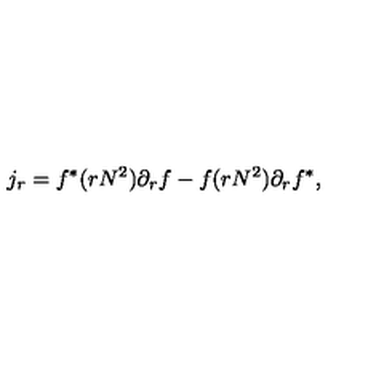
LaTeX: j _ { r } = f ^ { * } ( r N ^ { 2 } ) \partial _ { r } f - f ( r N ^ { 2 } ) \partial _ { r } f ^ { * } ,